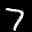
Label: 7